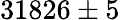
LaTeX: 31826\pm 5